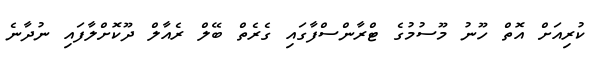
ކުރިއަށް އޮތް ހޫނު މޫސުމުގެ ޓްރާންސްފާގައި ގެރެތް ބޭލް ރެއާލް ދޫކޮށްލާފައި ނުދާނެ